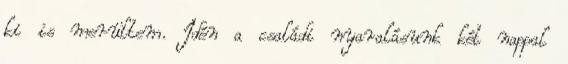
ki is merültem. Idén a családi nyaralásunk két nappal